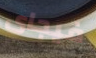
فيجاى